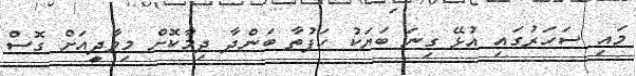
މައި ސަހަރުގައި އުޅޭ ގިނަ ބަޔަކު ހަފުތާ ބަންދާ ދިމާކޮށް މިވާދީއަށް ގޮސް